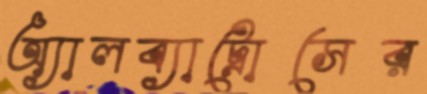
অ্যালব্যাট্রোসের